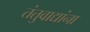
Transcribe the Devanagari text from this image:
तंतुवाद्यांना